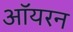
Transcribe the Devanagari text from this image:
ऑयरन